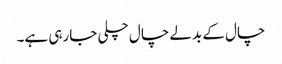
چال کے بدلے چال چلی جارہی ہے۔